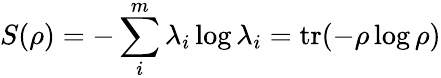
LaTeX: S(\rho)=-\sum_{i}^{m}\lambda_{i}\log\lambda_{i}=\operatorname{tr}(-\rho\log\rho)